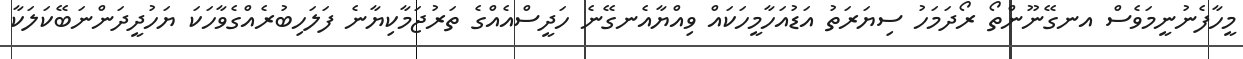
މީހާފެނުނީމަވެސް އނގޭނޫންތޯ ރޯދަމަހު ސިޔަރަތު އަޑުއަހާމީހަކައް ވިއްޔާއެނގޭނެ ހަދީސްއެއްގެ ތަރުޖަމާކިޔާނެ ފަލަހިބުރެއްގެވާހަކަ ޔަހުދީދަންނަބޭކަލަކާ